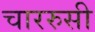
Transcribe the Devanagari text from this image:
चाररुसी